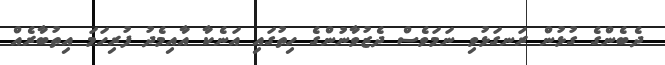
ދެބެންގެ ގުޅުން ރަނގަޅުވި ނަމަވެސް ދެޒުވާނުންގެ ހިތުގައި އަނެކާ އާއިމެދު ފުރިހަމަ އިތުބާރެއް